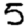
Digit: 5